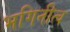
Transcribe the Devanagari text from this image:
भगिनीत्व